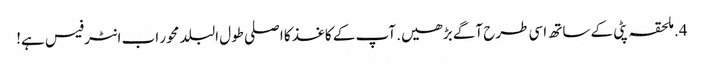
4. ملحقہ پٹی کے ساتھ اسی طرح آگے بڑھیں. آپ کے کاغذ کا اصلی طول البلد محور اب انٹرفیس ہے!